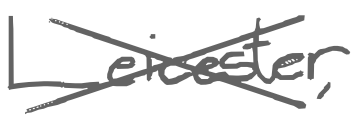
Text: Leicester,
Cross-out: cross
Writing tool: digital_gray